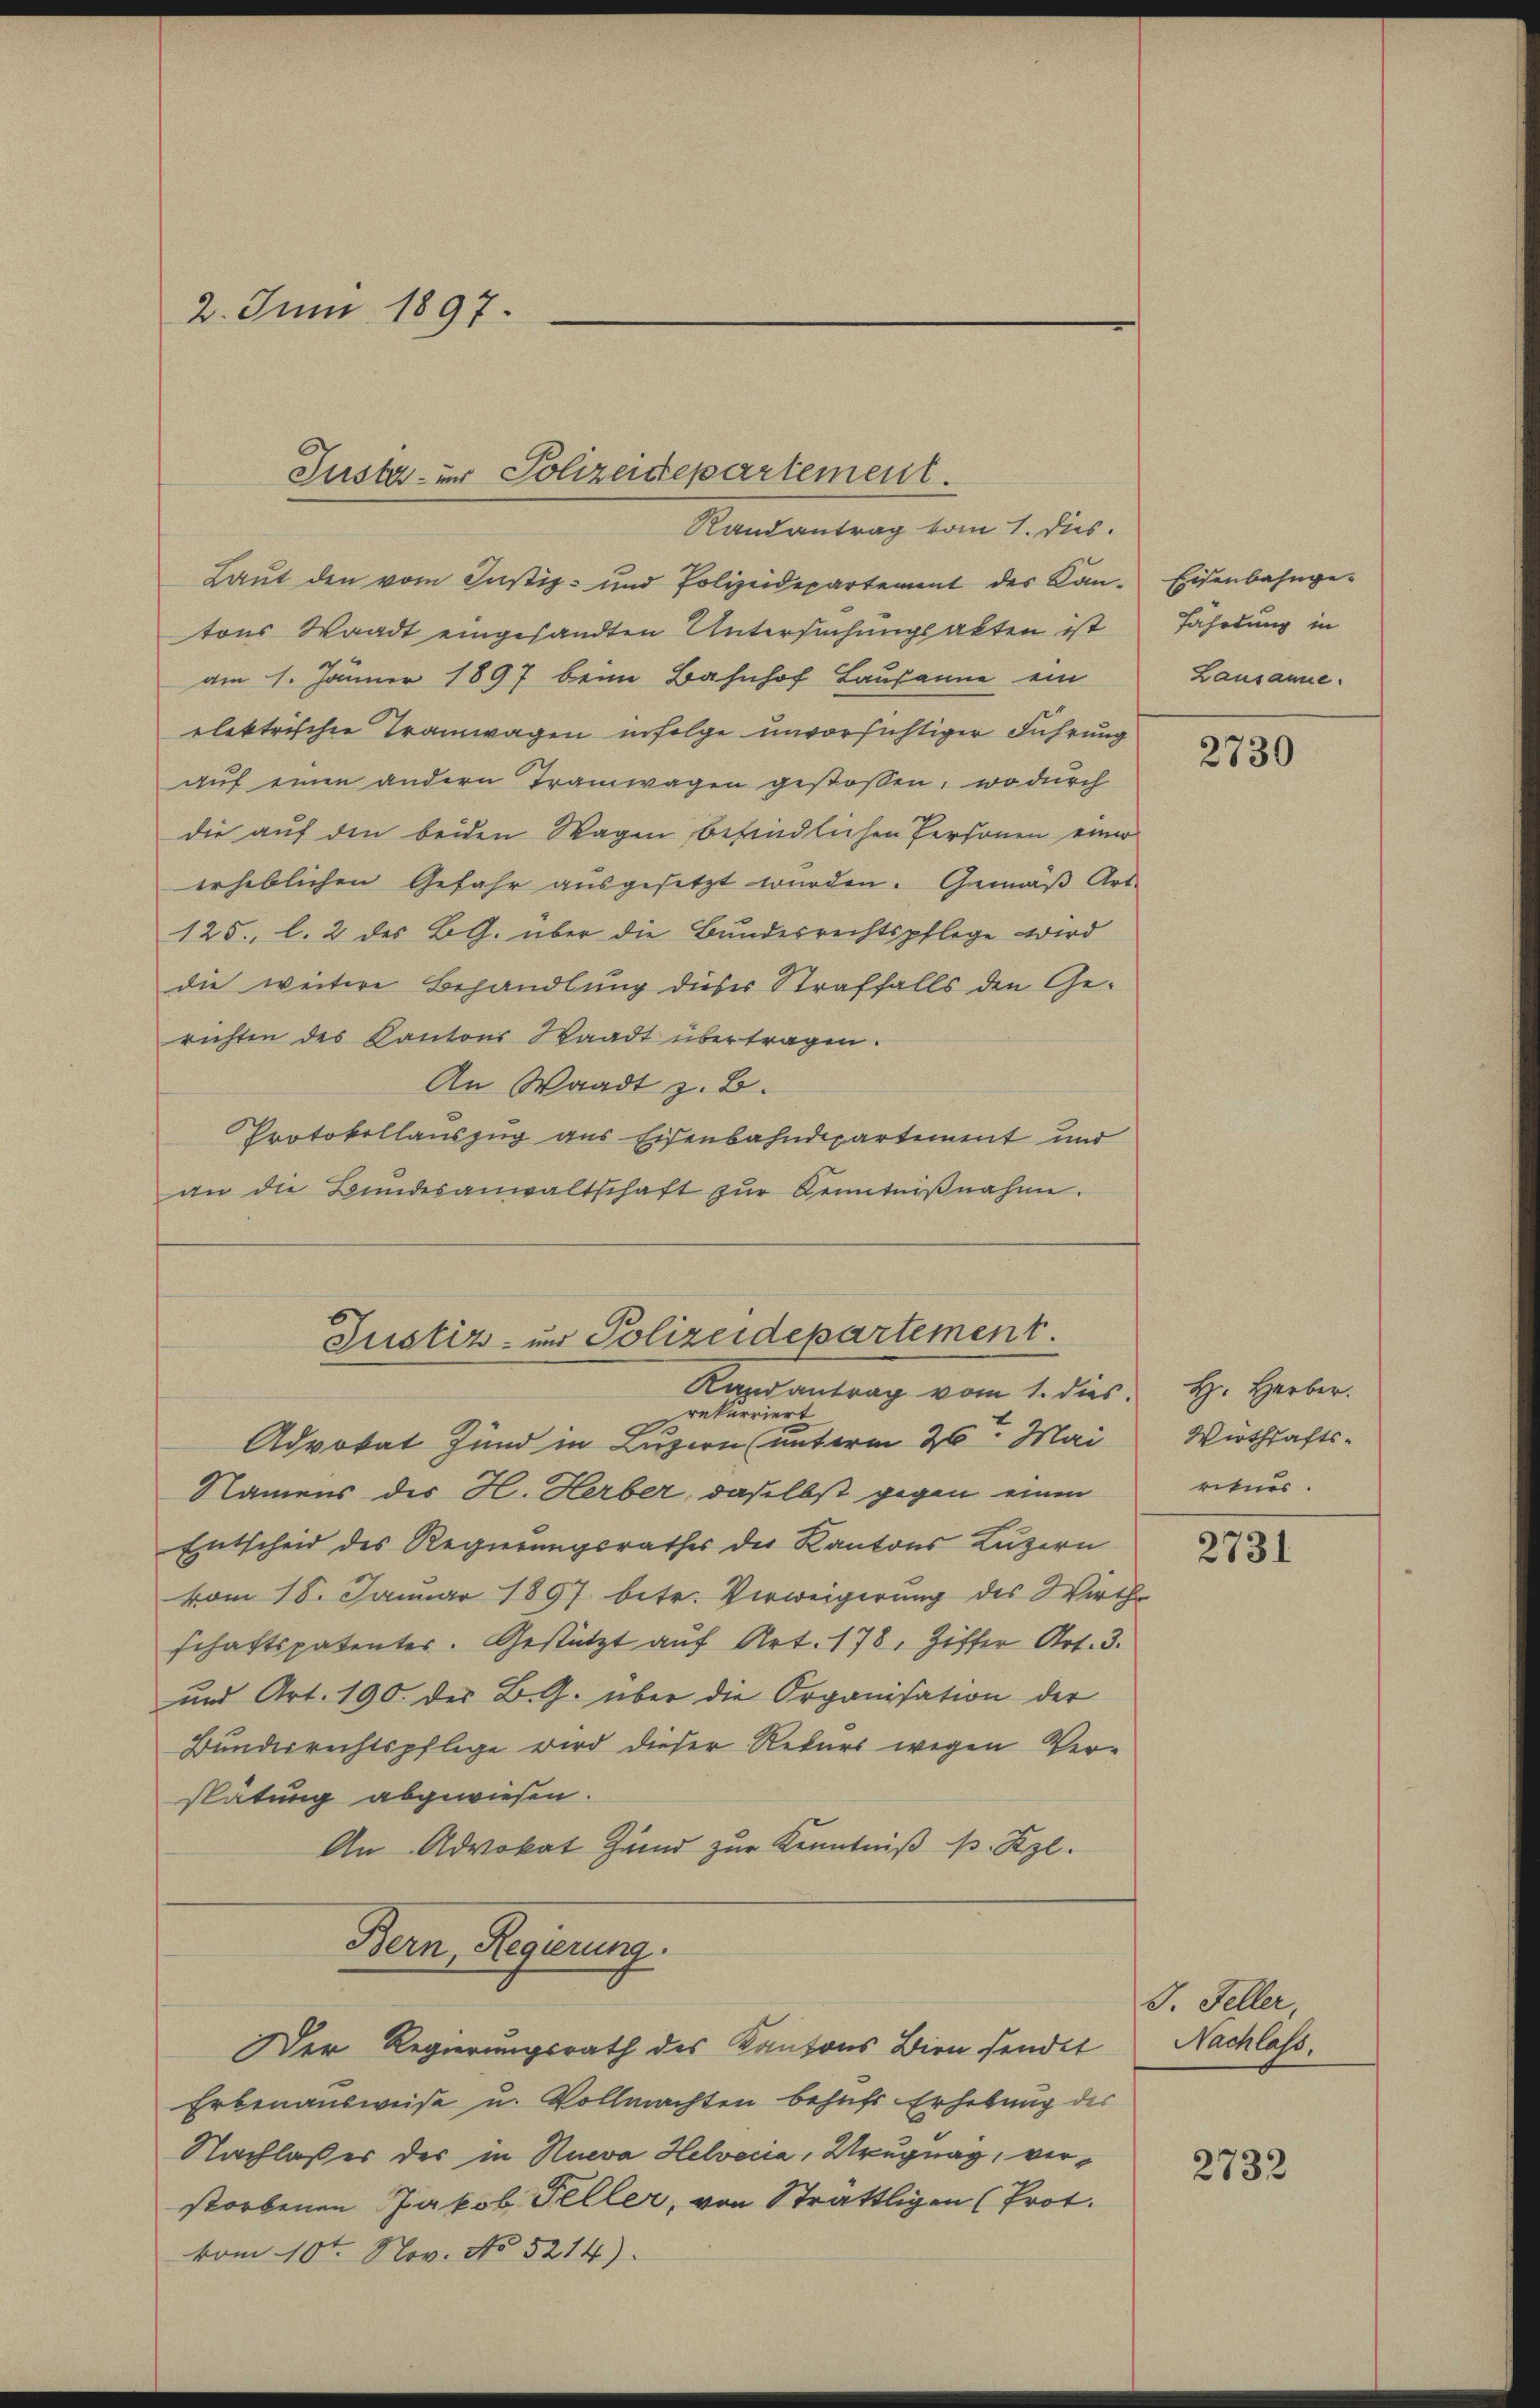
2. Juni 1897.

Justaur Polizeidepartement.
Randantrag vom 1. Dies

Laut den vom Justiz- und Polizeidepartement des Kan-
tons Waadt eingesandten Untersuchungsakten ist
am 1. Jänner 1897 beim Bahnhof Lausanne ein
elektrische Tramwagen infolge unvorsichtiger Führung
auf einen andern Tramwagen gestossen, wodurch
die auf den beiden Wagen befindlichen Personen einer
erheblichen Gefahr ausgesetzt wurden. Gemäß Art.
125. l. 2 des BG. über die Bundesrechtspflege wird
die weitere Behandlung dieser Straffalls den Gerichten des Kantons Waadt übertragen.
An Waadt z. B.
Protokollauszug aus Eisenbahndepartement und
an die Bŭndesanwaltschaft zŭr Kenntniβnahme.

Justiz- und Polizeidepartement

Bern, Regierung.
Der Regierungsrath des Kantons Birn sendet Nachlass.

Erbenausweise u. Vollmachten behufs Erhebung des
Nachlasser des in Rueva Helvetia, Krugnag, verstorbenen Jakob Teller, von Strattligen (Prot.
vom 10ten Nov. No 5214)

Randantrag vom 1. dies
rekurriert
.
Advokat Hund in Luzern (unterm 26. Mai
Namens des H. Herber, daselbst gegen einen
Entscheid des Regierungsrathes der Kantons Luzern
vom 18. Januar 1897 betr. Verweigerung des Wirth
schaftspatenter. Gestützt auf Art. 178, Ziffer Art. 3.
und Art. 190. der B. G. über die Organisation der
Bunderrichtspflege wird dieser Rekurs wegen Verspätung abgewiesen.
An Advokat Hund zur Kenntniß p. Kzl.

Eisenbahngefährdung in
Lausanne.

2730

H. Herber.
Wirtschafts-
rituer.

2731

J. Feller,

2732